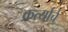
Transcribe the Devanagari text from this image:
कर्त्याचे